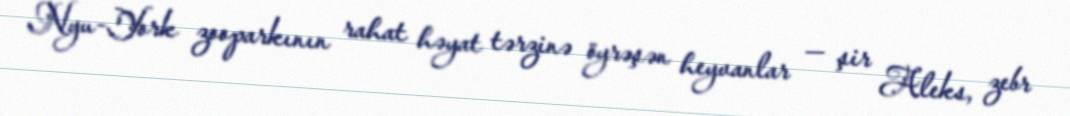
Nyu-York zooparkının rahat həyat tərzinə öyrəşən heyvanlar — şir Aleks, zebr